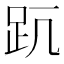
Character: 𧿊